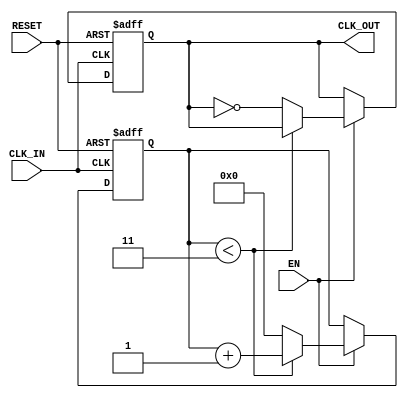
module ClockDividerBuffer #(
    parameter N = 4 // Division factor, must be a positive integer
)(
    input wire CLK_IN,     // Input clock signal
    input wire RESET,      // Asynchronous reset
    input wire EN,         // Enable signal
    output reg CLK_OUT     // Divided output clock signal
);

    // Internal counter
    reg [31:0] counter; // 32-bit counter

    // Initialize the counter and output clock
    initial begin
        counter = 0;
        CLK_OUT = 0;
    end

    // Always block triggered on the rising edge of the input clock
    always @(posedge CLK_IN or posedge RESET) begin
        if (RESET) begin
            counter <= 0;
            CLK_OUT <= 0; // Reset output clock
        end else if (EN) begin
            // Increment the counter
            if (counter < (N - 1)) begin
                counter <= counter + 1;
            end else begin
                // Toggle the output clock and reset counter
                CLK_OUT <= ~CLK_OUT;
                counter <= 0; // Reset the counter
            end
        end
    end

endmodule